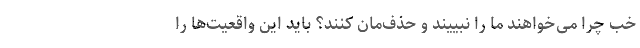
خب چرا می‌خواهند ما را نبییند و حذف‌مان کنند؟ باید این واقعیت‌ها را